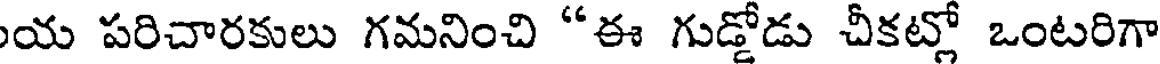
య పరిచారకులు గమనించి "ఈ గుడ్డోడు చీకట్లో ఒంటరిగా